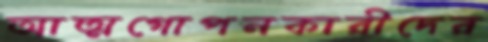
আত্মগোপনকারীদের